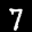
Label: 7